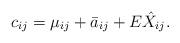
LaTeX: \begin{align*} c_{ij} = \mu_{ij}+\bar{a}_{ij} + E \hat{X}_{ij}.\end{align*}